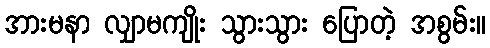
အားမနာ လျှာမကျိုး သွားသွား ပြောတဲ့ အစွမ်း။